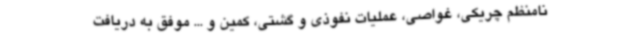
نامنظم چریکی، غواصی، عملیات نفوذی و گشتی، کمین و ... موفق به دریافت